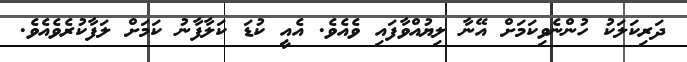
ދަރިކަލަކު ހުންނެވިކަމަށް އޭނާ ލިޔުއްވާފައި ވެއެވެ. އެއީ ކުޑަ ކަލާފާނު ކަމަށް ލަފާކުރެވެއެވެ.